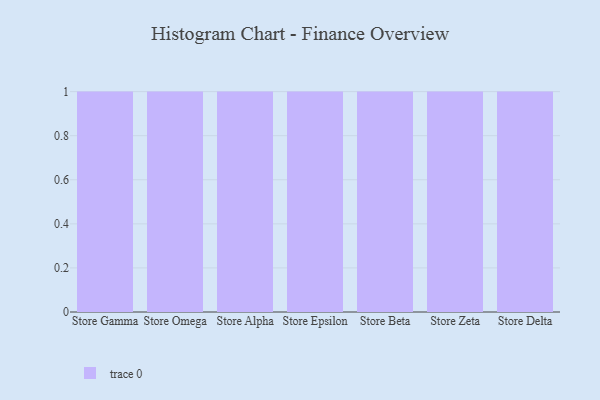
{"axis": {"x": "Store", "y": "Backlog"}, "legend": [""], "data": [{"x": "Store Gamma", "y": 8, "type": ""}, {"x": "Store Omega", "y": 82, "type": ""}, {"x": "Store Alpha", "y": 58, "type": ""}, {"x": "Store Epsilon", "y": 52, "type": ""}, {"x": "Store Beta", "y": 64, "type": ""}, {"x": "Store Zeta", "y": 1, "type": ""}, {"x": "Store Delta", "y": 47, "type": ""}]}